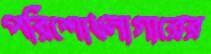
পরিশোধনাগারের